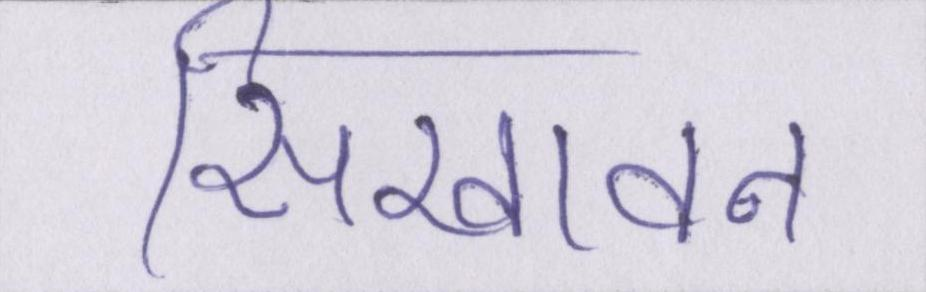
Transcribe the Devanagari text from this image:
सिखावन